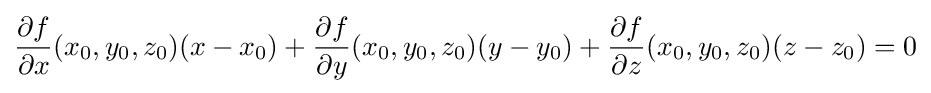
{\frac {\partial f}{\partial x}}(x_{0},y_{0},z_{0})(x-x_{0})+{\frac {\partial f}{\partial y}}(x_{0},y_{0},z_{0})(y-y_{0})+{\frac {\partial f}{\partial z}}(x_{0},y_{0},z_{0})(z-z_{0})=0